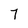
Character: 7